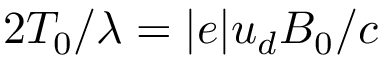
2 T _ { 0 } / \lambda = | e | u _ { d } B _ { 0 } / c